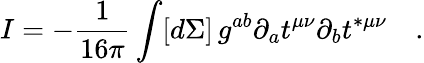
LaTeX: I=-\frac{1}{16\pi}\int[d\Sigma]\, g^{ab}\partial_{a}t^{\mu\nu}\partial_{b}t^{*\mu\nu}\quad.